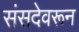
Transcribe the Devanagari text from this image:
संसदेवरून